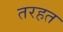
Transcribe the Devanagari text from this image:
तरहत